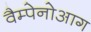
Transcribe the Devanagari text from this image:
वैम्पेनोआग